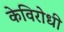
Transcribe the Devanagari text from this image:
केविरोधी